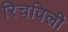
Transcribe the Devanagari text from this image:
रिचविली